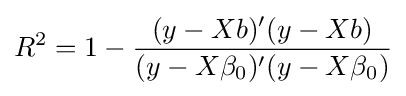
R^{2}=1-{\frac {(y-Xb)'(y-Xb)}{(y-X\beta _{0})'(y-X\beta _{0})}}